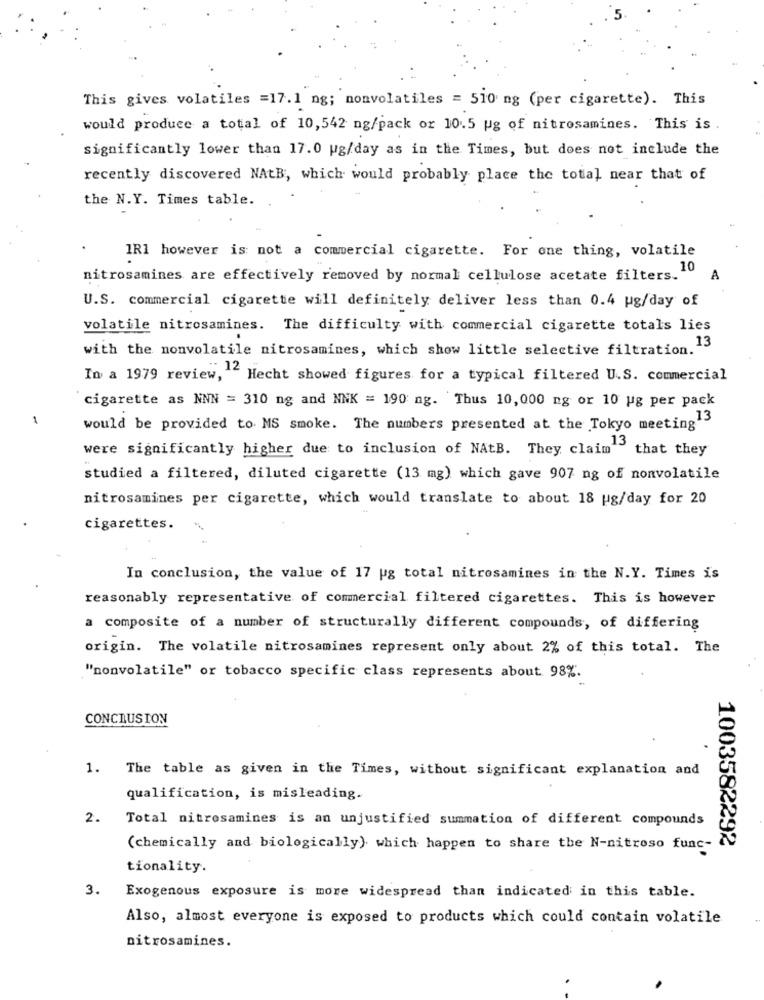
This gives volatiles =17.1 ng; nonvolatiles = 510 ng (per cigarette). This
would produce a total of 10,542 ng/pack or 10.5 ug of nitrosamines. This is .
significantly lower than 17.0 ug/day as in the Times, but does not include the
recently discovered NAtB, which would probably place the total near that of
the N.Y. Times table.
IR1 however is not a commercial cigarette. For one thing, volatile
nitrosamines are effectively removed by normal cellulose acetate filters. 10
A
U.S. commercial cigarette will definitely deliver less than 0.4 ug/day of
volatile nitrosamines. The difficulty with commercial cigarette totals lies
with the nonvolatile nitrosamines, which show little selective filtration.15
In a 1979 review, ""
5.12 Hecht showed figures for a typical filtered U.S. commercial
cigarette as NNN = 310 ng and NNK = 190 ng. Thus 10,000 ng or 10 ug per pack
1
would be provided to MS smoke. The numbers presented at the Tokyo meeting"
were significantly higher due to inclusion of NAtB. They claim that they
studied a filtered, diluted cigarette (13 mg) which gave 907 ng of nonvolatile
nitrosamines per cigarette, which would translate to about 18 ug/day for 20
cigarettes.
In conclusion, the value of 17 ug total nitrosamines in the N.Y. Times is
reasonably representative of commercial filtered cigarettes. This is however
a composite of a number of structurally different compounds, of differing
origin. The volatile nitrosamines represent only about 2% of this total. The
"nonvolatile" or tobacco specific class represents about 98%.
CONCLUSION
1. The table as given in the Times, without significant explanation and
qualification, is misleading.
2.
Total nitrosamines is an unjustified summation of different compounds
(chemically and biologically) which happen to share the N-nitroso func-
1003582292
tionality.
3.
Exogenous exposure is more widespread than indicated in this table.
Also, almost everyone is exposed to products which could contain volatile
nitrosamines.